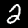
Digit: 2